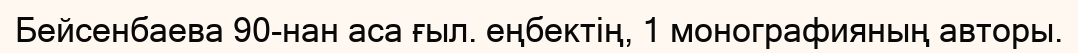
Бейсенбаевa 90-нан аса ғыл. еңбектің, 1 монографияның авторы.